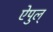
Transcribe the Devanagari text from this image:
ऐपुल्‌